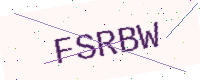
Text: FSRBW